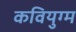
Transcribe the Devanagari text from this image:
कवियुग्म